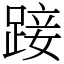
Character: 踥